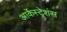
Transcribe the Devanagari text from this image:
आर्केस्ट्रेशंस